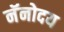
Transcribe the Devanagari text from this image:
नॅनोदय